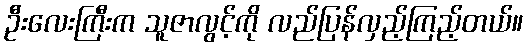
ဦးလေးကြီးက သူဇာလွင့်ကို လည်ပြန်လှည့်ကြည့်တယ်။